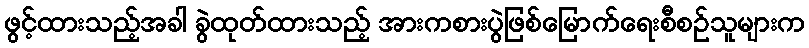
ဖွင့်ထားသည့်အခါ ခွဲထုတ်ထားသည့် အားကစားပွဲဖြစ်မြောက်ရေးစီစဉ်သူများက